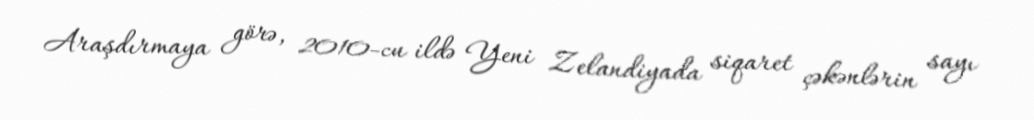
Araşdırmaya görə, 2010-cu ildə Yeni Zelandiyada siqaret çəkənlərin sayı